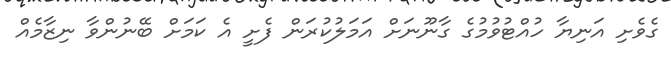
ގެވެށި އަނިޔާ ހުއްޓުވުމުގެ ގާނޫނަށް އަމަލުކުރަން ފެށީ އެ ކަމަށް ބޭނުންވާ ނިޒާމެއް